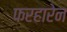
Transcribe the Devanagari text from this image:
फरहारेन